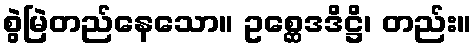
စွဲမြဲတည်နေသော။ ဥစ္ဆေဒဒိဋ္ဌိ၊ တည်း။